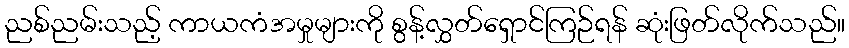
ညစ်ညမ်းသည့် ကာယကံအမှုများကို စွန့်လွှတ်ရှောင်ကြဉ်ရန် ဆုံးဖြတ်လိုက်သည်။